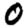
Digit: 0